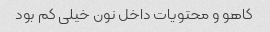
کاهو و محتویات داخل نون خیلی کم بود